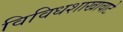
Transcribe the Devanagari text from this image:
विविधशाखावाटे